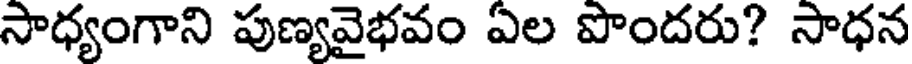
సాధ్యంగాని పుణ్యవైభవం ఏల పొందరు? సాధన